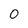
Character: O